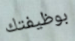
بوظيفتك